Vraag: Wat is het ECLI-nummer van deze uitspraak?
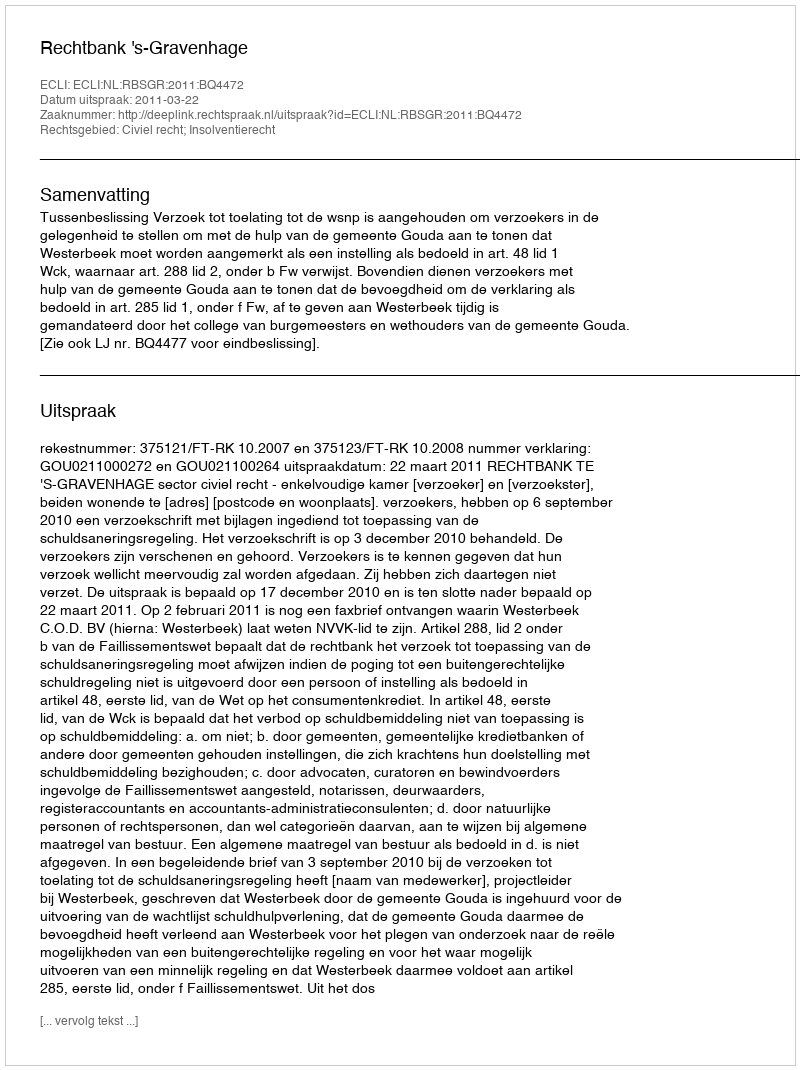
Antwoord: ECLI:NL:RBSGR:2011:BQ4472